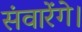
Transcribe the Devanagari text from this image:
संवारेंगे।